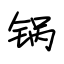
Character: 锅